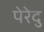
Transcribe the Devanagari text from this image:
पेरेदु